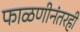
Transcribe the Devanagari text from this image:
फाळणीनंतरही